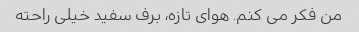
من فکر می کنم. هوای تازه، برف سفید خیلی راحته